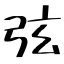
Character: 弦